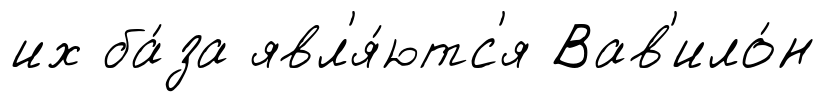
их ба́за явл'я́ютс'я Вав'ило́н